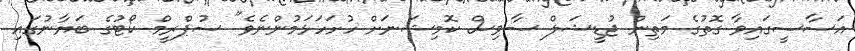
އަސާސީގައިވާ ގޮތުގެ މަތިން ޖުޑީޝަލް ސާވިސް ކޮމިޝަނަށް ހުށަހަޅަމުންނެވެ" ސުޕްރީމް ކޯޓުގެ ބަޔާނުގައި